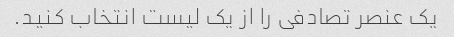
یک عنصر تصادفی را از یک لیست انتخاب کنید.